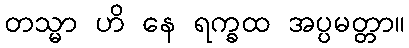
တသ္မာ ဟိ နေ ရက္ခထ အပ္ပမတ္တာ။